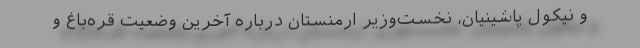
و نیکول پاشینیان، نخست‌وزیر ارمنستان درباره آخرین وضعیت قره‌باغ و